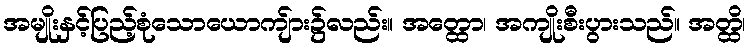
အမျိုးနှင့်ပြည့်စုံသောယောကျ်ား၌လည်း။ အတ္ထော၊ အကျိုးစီးပွားသည်။ အတ္ထိ၊